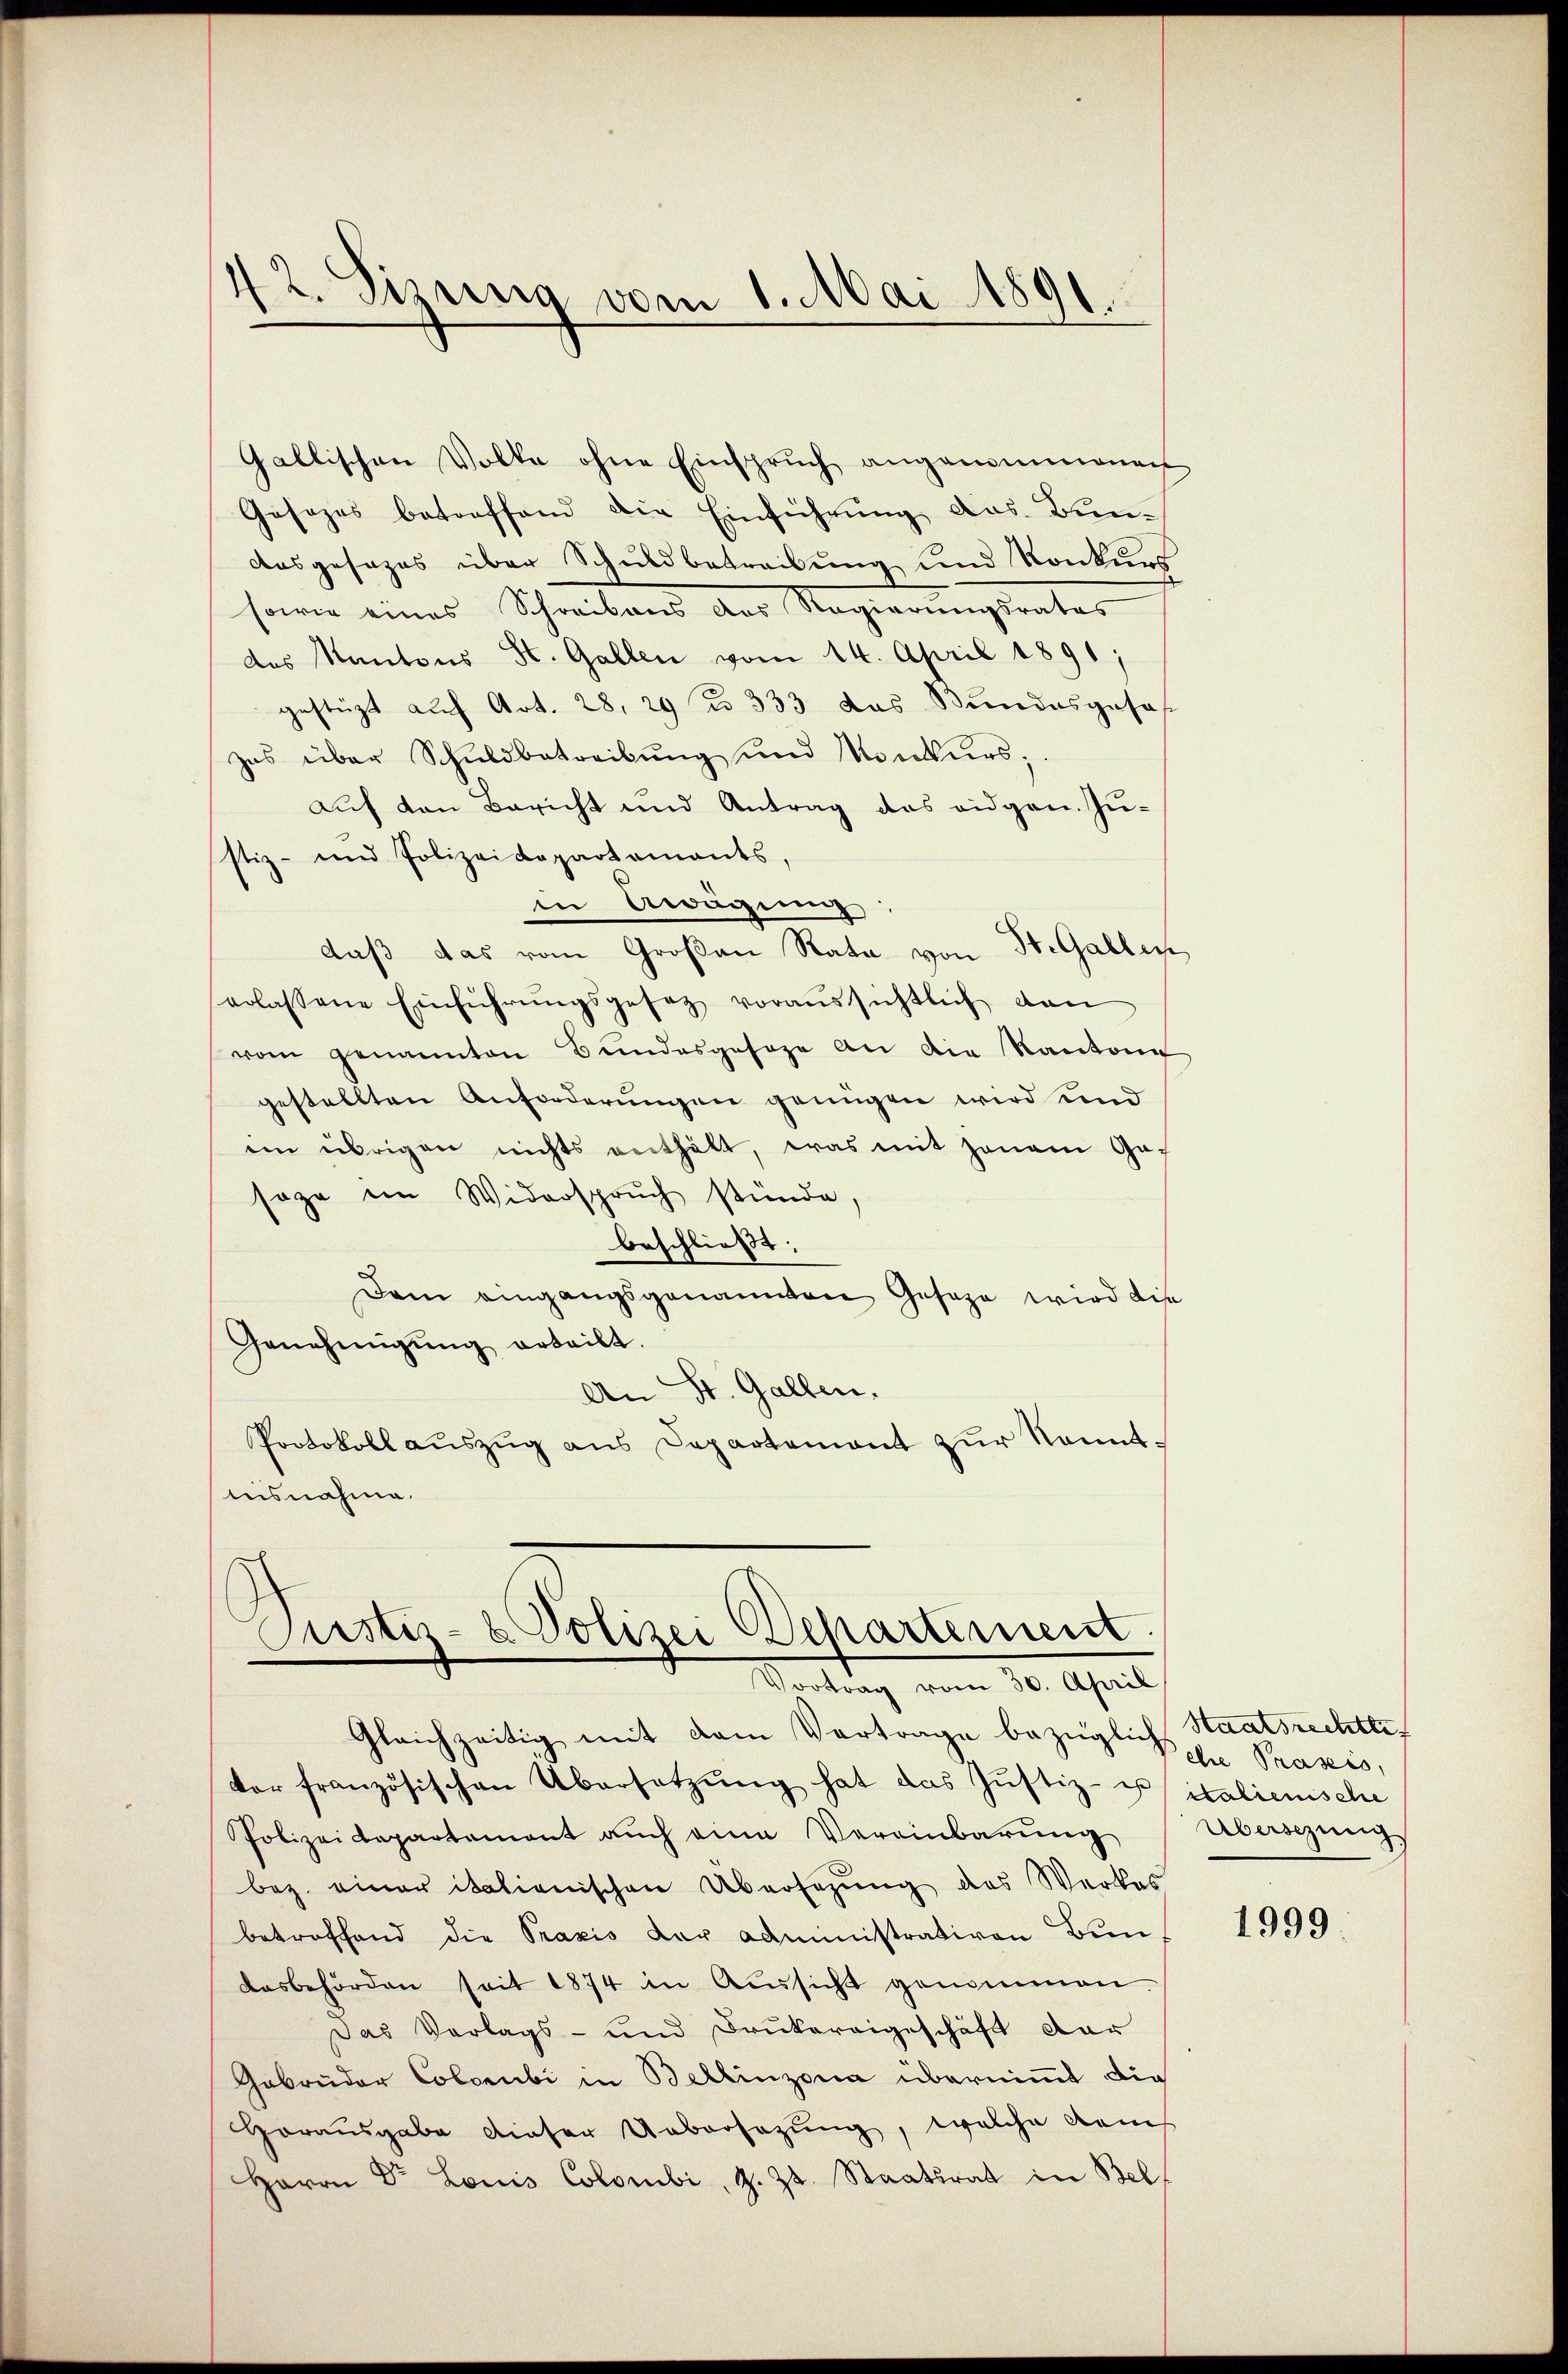
42. Sizung vom 1. Mai 1891
.

Gallischen Volke ohne Einspruch angenommenen
Gesezes betreffend die Einführung das Bundasgesezes über Schuldbetreibung und Konkurs
sowie eines Schreibens der Regierungsrates
des Kantons St. Gallen vom 14. April 1891;
gestüzt auf Art. 28. 29 § 333 das Bundesgeses
zes über Schuldbetreibŭng und Konkurs;
auf den Bericht und Antrag das eidgen. Zustiz- und Polizeidepartements,
in Awägung:
daß das vom Großau Rata von St. Gallen,
erlassene Einführŭngsgesetz voraussichtlich dan
vom genannten Bundesgesage an die Kantone
gestellten Anforderungen genügen wird und
ein übrigen nichts enthält, was mit honam Gasage ein Widerspruch stünde,
beschließt:
Dem eingangsgenannten Gesage wird die
Genehmigŭng erteilt.
An St. Gallen.
Protokoll aŭszŭg ans Departemont zŭr Kenntlisnahme.

Pustiz- & Polizei Departement
Taltung vom 10. April

Gleichzeitig mit dem Vortrage bezüglich Staatsrechtlivor französischen Übersetzŭng hat das Justiz- u, italienische
Polizeidepartement auch eine Vereinbarung
bez. einer italienischen Übersezung des Werkes
betreffend die Praxis der administrativen Bun
dasbehörden seit 1874 in Aŭssicht genommen
Das Verlags- und Drukereigeschäft dar
Gebrüder Colorubi in Bellinzona übernimmt die
Horausgabe dieser Uebersezung, welche dems
Herrn Dr Louis Colombi, z. Zt. Staatsrat in Belf

ehre Prasers,
Überschung

1999.